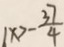
1 x > - \frac { 3 7 } { 4 }